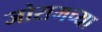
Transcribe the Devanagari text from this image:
जोरामच्या